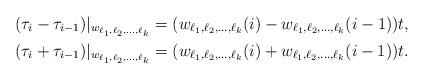
LaTeX: \begin{align*}(\tau_i-\tau_{i-1})|_{w_{\ell_1,\ell_2,\dots,\ell_k}}&=(w_{\ell_1,\ell_2,\dots,\ell_k}(i)-w_{\ell_1,\ell_2,\dots,\ell_k}(i-1))t, \\(\tau_i+\tau_{i-1})|_{w_{\ell_1,\ell_2,\dots,\ell_k}}&=(w_{\ell_1,\ell_2,\dots,\ell_k}(i)+w_{\ell_1,\ell_2,\dots,\ell_k}(i-1))t. \end{align*}